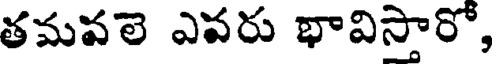
తమవలె ఎవరు భావిస్తారో,